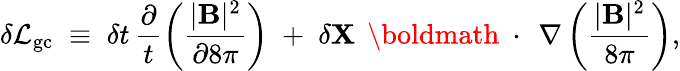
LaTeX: \delta{\cal L}_{\mathrm{gc}}\; \equiv\; \delta t\, \frac{\partial}{t}\left(\frac{|{\mathbf B}|^{2}}{\partial 8\pi}\right)\; +\; \delta{\mathbf X}\, \mathrm{~\boldmath~\cdot~}\, \nabla\left(\frac{|{\mathbf B}|^{2}}{8\pi}\right),